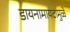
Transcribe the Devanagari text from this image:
डायनामायटामुळे